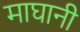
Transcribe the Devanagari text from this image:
माघानी